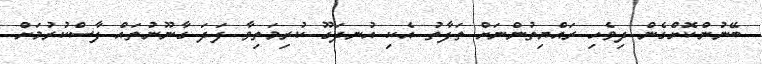
ބޭނުންކޮށްގެން ދިވެހި ރައްޔިތުންނަށް ތަފާތު އެކި އުނދަގޫ ކުރިމަތިވާ ފަދަ ގާނޫނުތައް ފާސްކުރުމަށް